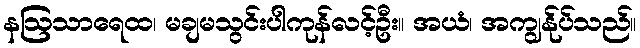
နဩသာရေထ၊ မချမသွင်းပါကုန်လင့်ဦး။ အယံ၊ အကျွန်ုပ်သည်။